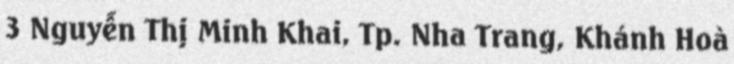
3 Nguyễn Thị Minh Khai, Tp. Nha Trang, Khánh Hoà